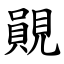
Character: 䚋